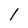
Character: l